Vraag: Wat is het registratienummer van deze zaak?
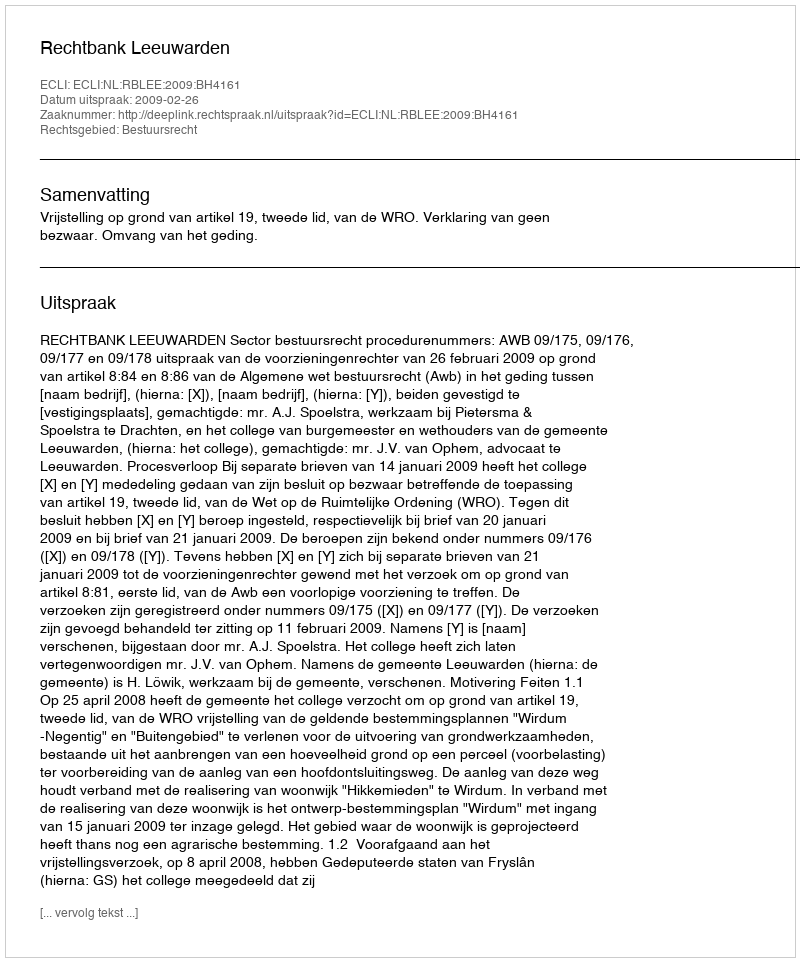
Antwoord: http://deeplink.rechtspraak.nl/uitspraak?id=ECLI:NL:RBLEE:2009:BH4161